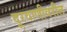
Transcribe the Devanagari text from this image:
दूरवाणीवरील